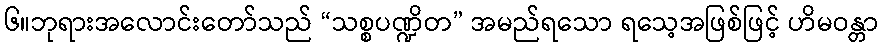
၆။ဘုရားအလောင်းတော်သည် “သစ္စပဏ္ဍိတ” အမည်ရသော ရသေ့အဖြစ်ဖြင့် ဟိမဝန္တာ